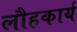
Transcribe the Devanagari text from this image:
लौहकार्य